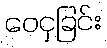
ဝေငှခြင်း